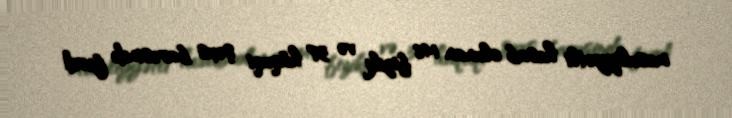
məsuliyyətli hesab olunan 146 fiziki və 37 hüquqi şəxs barəsində fərdi